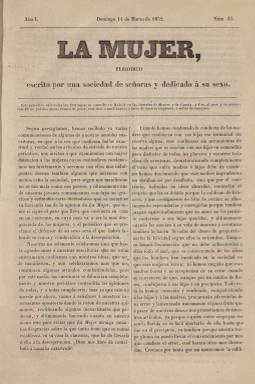
Título: La Mujer (Madrid. 1852)
Colección: Revistas femeninas
Ámbito geográfico: Madrid
Lugar de publicación: Madrid
Fechas: 07/03/1852-17/10/1852

Periódico escrito por una sociedad de señoras y dedicado a su sexo, según reza su subtítulo, esta publicación semanal  de tono católico social y defensora del derecho a la educación de la mujer nació, al igual que otras de su clase, como fruto de los aires liberalizadores que soplaron por toda Europa  tras  las revoluciones de 1848 en diversos países, sobre todo en Francia, que servía de faro a España.

    Esta publicación nació en agosto de 1851, meses antes que El Correo de la Moda y Ellas, publicación ésta última más beligerante en su tono reivindicativo, llegando a hablar de “cruzada feminista” contra los hombres. La Mujer no tuvo tanta fortuna como las dos citadas, que acabaron fusionándose con el tiempo en única publicación que tuvo una vida larga.

   La BNE no posee toda la colección de este periódico, pero puede consultarse entera, dado que está digitalizada por la Universidad americana de Connecticut, desde su primer número de 3 de agosto de 1851, hasta el último,  de 24 de octubre de 1852, en el cual se anuncia la suspensión de la publicación por “verdaderos e inesperados inconvenientes”, sin precisar nada más. Pese a tener como suscriptora a la misma reina Isabel II, quizá le perjudicó no incluir láminas con figurines de moda o partituras para piano, como hacían algunas de sus competidoras con más éxito.

   De ocho páginas, compuesto a dos columnas y carente de ilustraciones, el periódico estaba dirigido a la clase media y se declaraba ferviente defensor del derecho al trabajo de la mujer, así como de su capacidad para gobernar y para labores tradicionalmente reservadas a los hombres. Al mismo tiempo, dado su ideario católico, abogaba por la beneficencia y el papel de la mujer en el ámbito social.

   Los artículos de fondo relativos a la moral, la educación, trabajo, etc  figuraban en la portada como editoriales, sin firma. Poesías, leyendas, relatos históricos y novelas por entregas componen el resto del periódico, además de una sección de anuncios.

   Redactoras asiduas de la publicación fueron las poetisas Ángela Grassi, María Verdejo y Rogelia León. La primera de ellas triunfaría más tarde como escritora de novela sentimental. También figuraban como colaboradoras Rosa Butler, Josefa Moreno, Venancia López, Robustiana Armiño y numerosas y desconocidas poetisas jóvenes.

    Para mayor información referente a este periódico puede consultarse la obra La prensa femenina en España (desde sus orígenes hasta 1868), de Inmaculada Jiménez Morell (Ediciones de la Torre, 1992).

[Descripción publicada el 16/05/2019]